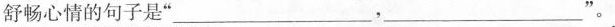
舒畅心情的句子是”___，___”。